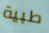
طبية